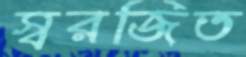
স্বরজিত